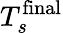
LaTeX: T_{s}^{\textnormal{final}}